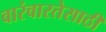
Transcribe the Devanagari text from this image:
वारंवारतेसाठी